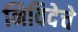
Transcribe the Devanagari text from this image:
निविदेचे